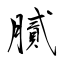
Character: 膩